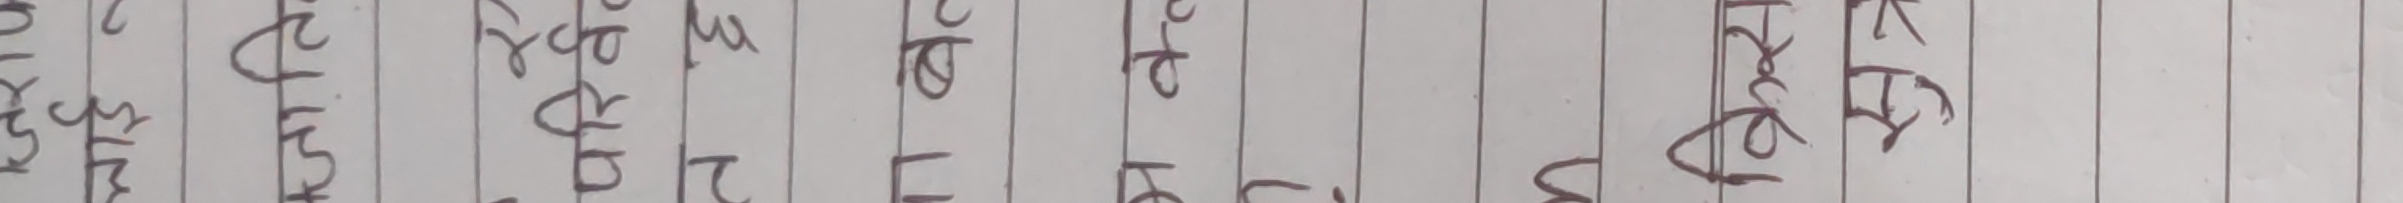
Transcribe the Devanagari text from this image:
कहितबनेरानासायपछहरगइमाटसनआकतमाकाकोलेनमाआमकेसईजरुह